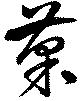
菓